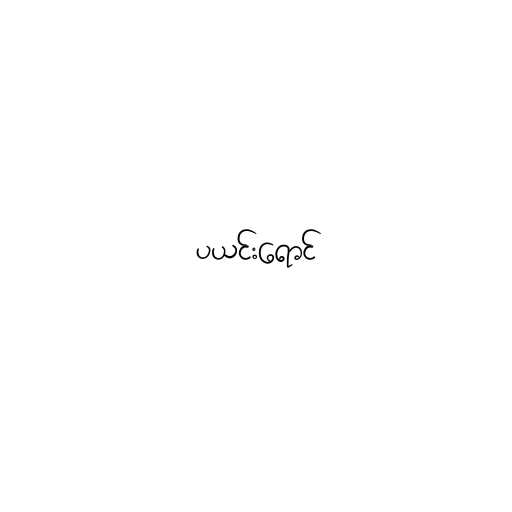
ပယင်းရောင်